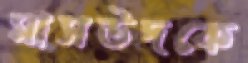
মাসউদকে